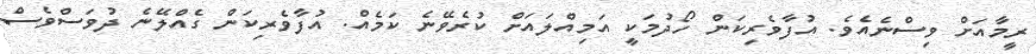
ރީމާއަށް ވިސްނެއެވެ. އުފާވެރިކަން ހޯދުމަކީ އަމިއްލައަށް ކުރެވޭނެ ކަމެއް. އުފާވެރިކަން ގެއްލޭނެ ދުވަސްވެސް